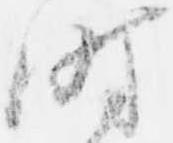
時